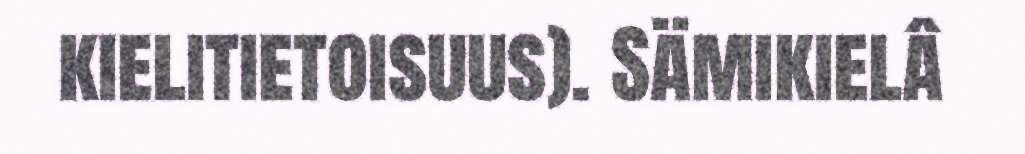
kielitietoisuus). Sämikielâ